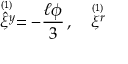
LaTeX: \stackrel { \scriptscriptstyle ( 1 ) \, } { \hat { \xi } ^ { y } } = - { \frac { \ell \phi } { 3 } } \, , \quad \stackrel { \scriptscriptstyle ( 1 ) \, } { \xi ^ { r } }